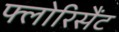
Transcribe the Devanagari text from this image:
फ्लोरिसैंट